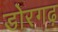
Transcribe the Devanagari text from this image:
डोरगढ़